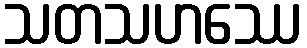
သတသဟဿေ